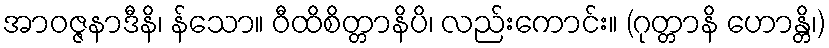
အာဝဇ္ဇနာဒီနိ၊ န်သော။ ဝီထိစိတ္တာနိပိ၊ လည်းကောင်း။ (ဂုတ္တာနိ ဟောန္တိ၊)